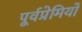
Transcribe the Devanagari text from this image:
पूर्वप्रेमियों